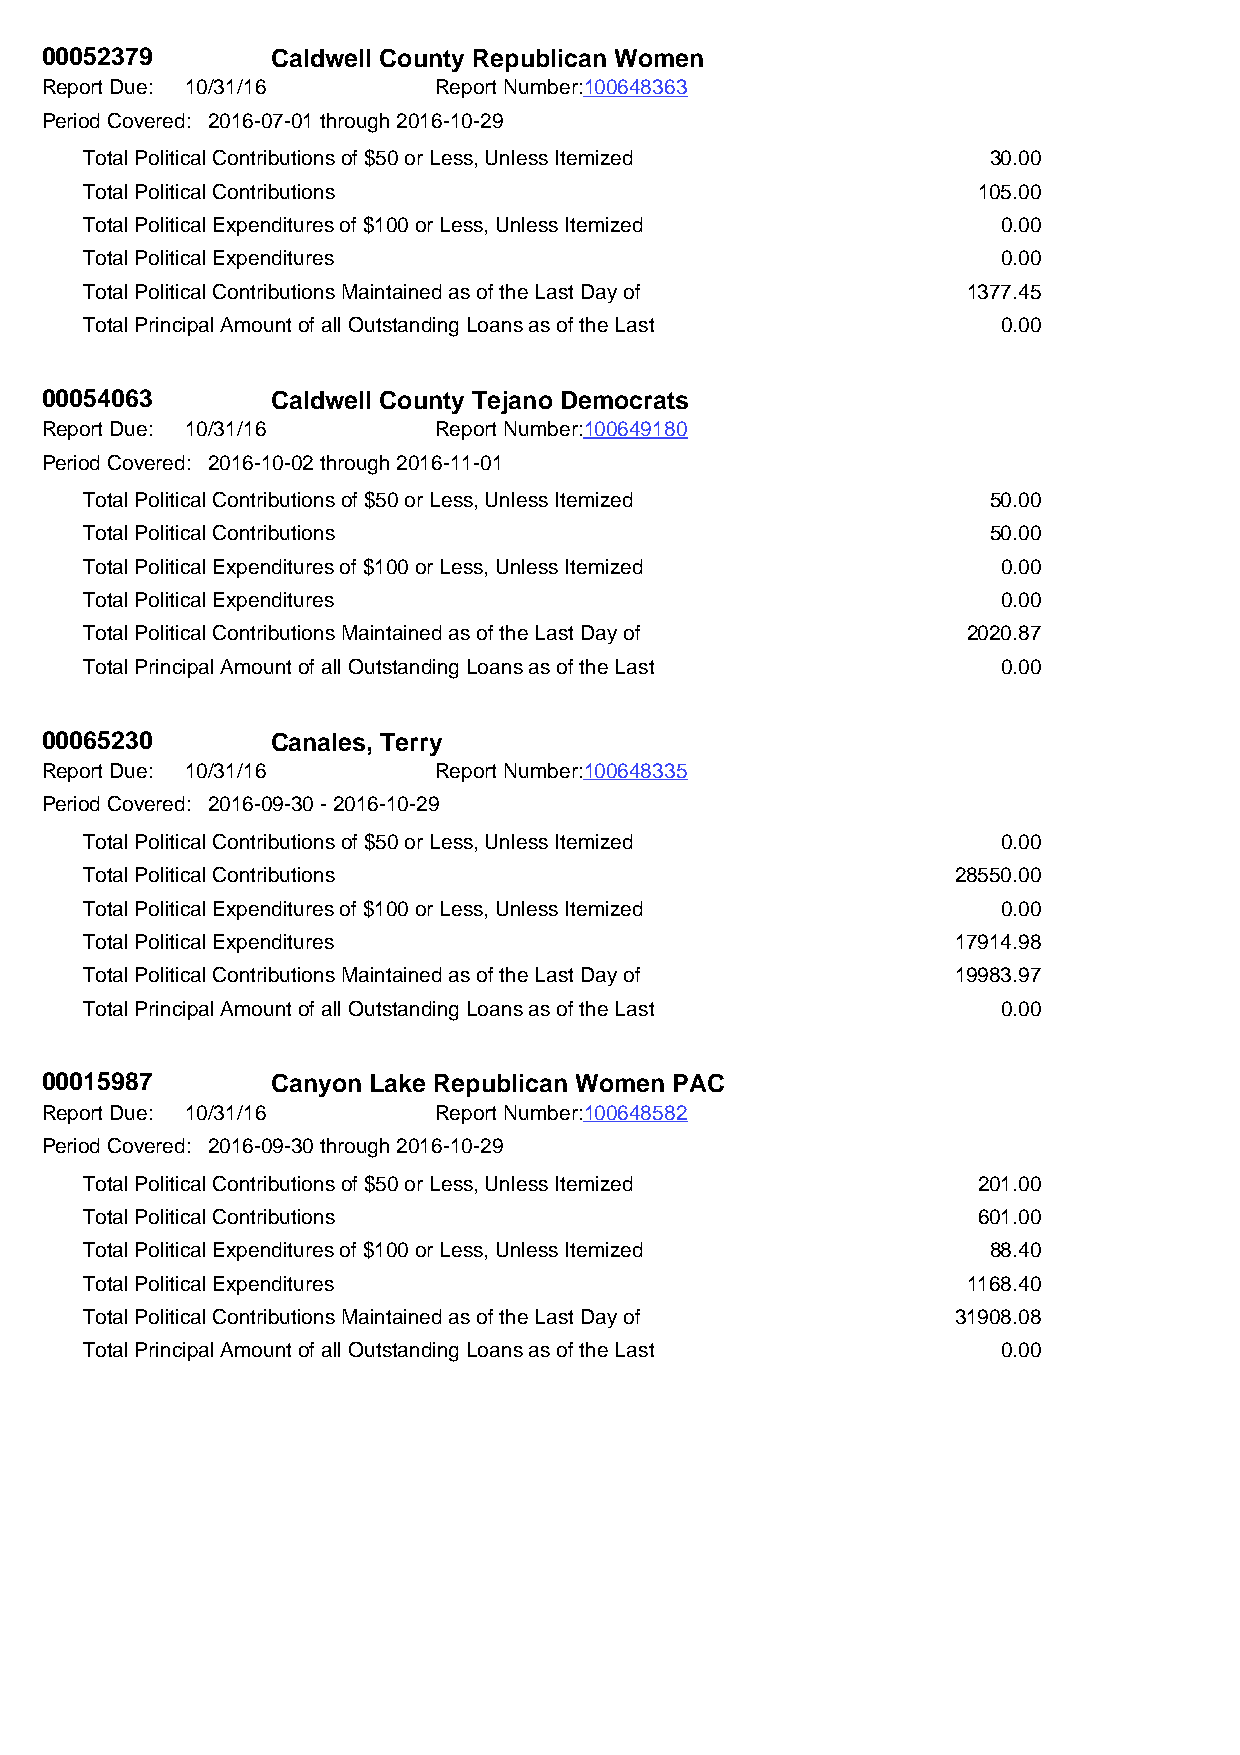
00052379       Caldwell County Republican Women
 Report Due: 10/31/16      Report Number:100648363
 Period Covered: 2016-07-01 through 2016-10-29
 Total Political Contributions of $50 or Less, Unless Itemized 30.00
 Total Political Contributions                              105.00
 Total Political Expenditures of $100 or Less, Unless Itemized 0.00
 Total Political Expenditures                                0.00
 Total Political Contributions Maintained as of the Last Day of 1377.45
 Total Principal Amount of all Outstanding Loans as of the Last 0.00
 00054063       Caldwell County Tejano Democrats
 Report Due: 10/31/16      Report Number:100649180
 Period Covered: 2016-10-02 through 2016-11-01
 Total Political Contributions of $50 or Less, Unless Itemized 50.00
 Total Political Contributions                               50.00
 Total Political Expenditures of $100 or Less, Unless Itemized 0.00
 Total Political Expenditures                                0.00
 Total Political Contributions Maintained as of the Last Day of 2020.87
 Total Principal Amount of all Outstanding Loans as of the Last 0.00
 00065230       Canales, Terry
 Report Due: 10/31/16      Report Number:100648335
 Period Covered: 2016-09-30 - 2016-10-29
 Total Political Contributions of $50 or Less, Unless Itemized 0.00
 Total Political Contributions                            28550.00
 Total Political Expenditures of $100 or Less, Unless Itemized 0.00
 Total Political Expenditures                             17914.98
 Total Political Contributions Maintained as of the Last Day of 19983.97
 Total Principal Amount of all Outstanding Loans as of the Last 0.00
 00015987       Canyon Lake Republican Women PAC
 Report Due: 10/31/16      Report Number:100648582
 Period Covered: 2016-09-30 through 2016-10-29
 Total Political Contributions of $50 or Less, Unless Itemized 201.00
 Total Political Contributions                              601.00
 Total Political Expenditures of $100 or Less, Unless Itemized 88.40
 Total Political Expenditures                              1168.40
 Total Political Contributions Maintained as of the Last Day of 31908.08
 Total Principal Amount of all Outstanding Loans as of the Last 0.00